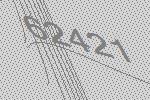
62421